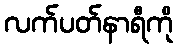
လက်ပတ်နာရီကို